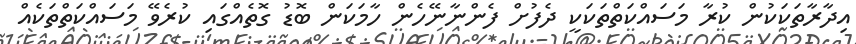
އިދާރާތަކަކުން ކުރާ މަސައްކަތްތަކަކީ ދެފުށް ފެންނާނޭހެން ހާމަކަން ބޮޑު ގޮތެއްގައި ކުރެވޭ މަސައްކަތްތަކެއް